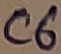
Text: C6